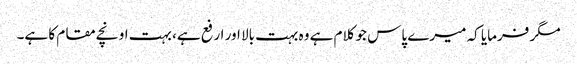
مگر فرمایا کہ میرے پاس جو کلام ہے وہ بہت بالا اور ارفع ہے، بہت اونچے مقام کا ہے۔